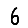
Digit: 6